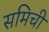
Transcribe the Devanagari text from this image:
समिची